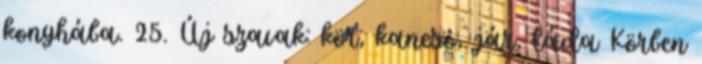
konyhába. 25. Új szavak: kör, kancsó, jár, láda Körben